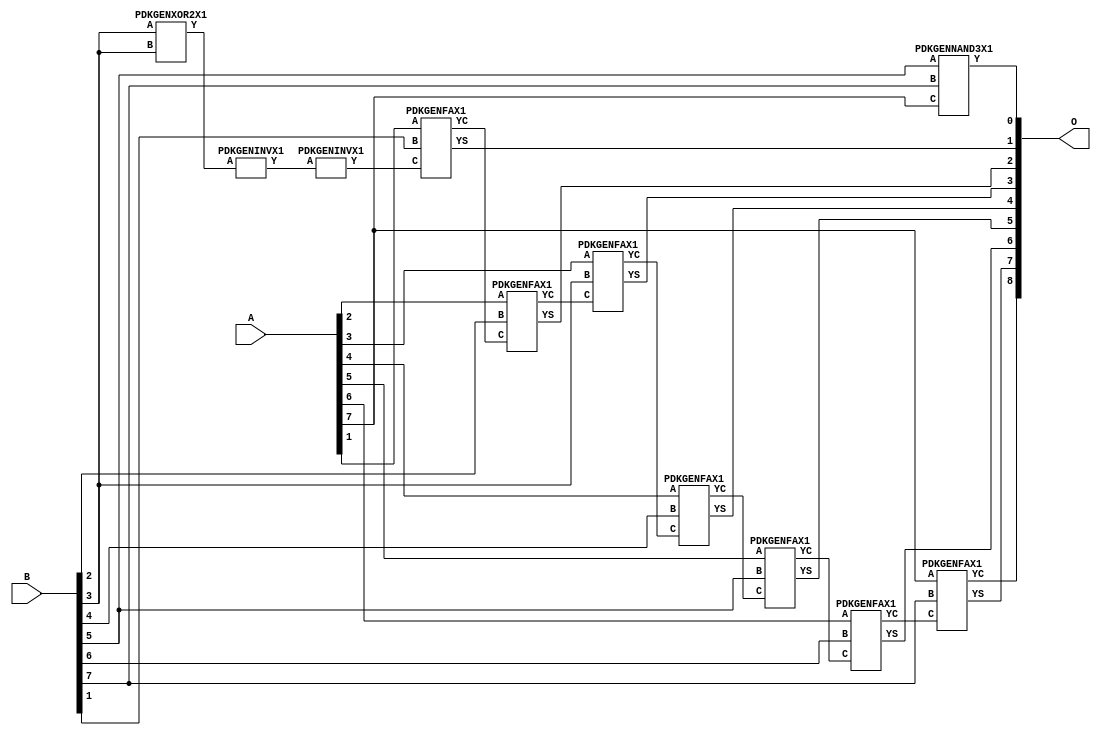
// Library = EvoApprox8b
// Circuit = add8_425
// Area   (180) = 964
// Delay  (180) = 1.940
// Power  (180) = 295.00
// Area   (45) = 72
// Delay  (45) = 0.690
// Power  (45) = 29.22
// Nodes = 11
// HD = 65408
// MAE = 0.56250
// MSE = 0.62500
// MRE = 0.29 %
// WCE = 2
// WCRE = 100 %
// EP = 53.1 %

module add8_425(A, B, O);
  input [7:0] A;
  input [7:0] B;
  output [8:0] O;
  wire [2031:0] N;

  assign N[0] = A[0];
  assign N[1] = A[0];
  assign N[2] = A[1];
  assign N[3] = A[1];
  assign N[4] = A[2];
  assign N[5] = A[2];
  assign N[6] = A[3];
  assign N[7] = A[3];
  assign N[8] = A[4];
  assign N[9] = A[4];
  assign N[10] = A[5];
  assign N[11] = A[5];
  assign N[12] = A[6];
  assign N[13] = A[6];
  assign N[14] = A[7];
  assign N[15] = A[7];
  assign N[16] = B[0];
  assign N[17] = B[0];
  assign N[18] = B[1];
  assign N[19] = B[1];
  assign N[20] = B[2];
  assign N[21] = B[2];
  assign N[22] = B[3];
  assign N[23] = B[3];
  assign N[24] = B[4];
  assign N[25] = B[4];
  assign N[26] = B[5];
  assign N[27] = B[5];
  assign N[28] = B[6];
  assign N[29] = B[6];
  assign N[30] = B[7];
  assign N[31] = B[7];

  PDKGENXOR2X1 n32(.A(N[22]), .B(N[22]), .Y(N[32]));
  assign N[33] = N[32];
  PDKGENINVX1 n34(.A(N[33]), .Y(N[34]));
  PDKGENINVX1 n56(.A(N[34]), .Y(N[56]));
  PDKGENNAND3X1 n76(.A(N[26]), .B(N[30]), .C(N[14]), .Y(N[76]));
  PDKGENFAX1 n82(.A(N[2]), .B(N[18]), .C(N[56]), .YS(N[82]), .YC(N[83]));
  PDKGENFAX1 n132(.A(N[4]), .B(N[20]), .C(N[83]), .YS(N[132]), .YC(N[133]));
  PDKGENFAX1 n182(.A(N[6]), .B(N[22]), .C(N[133]), .YS(N[182]), .YC(N[183]));
  PDKGENFAX1 n232(.A(N[8]), .B(N[24]), .C(N[183]), .YS(N[232]), .YC(N[233]));
  PDKGENFAX1 n282(.A(N[10]), .B(N[26]), .C(N[233]), .YS(N[282]), .YC(N[283]));
  PDKGENFAX1 n332(.A(N[12]), .B(N[28]), .C(N[283]), .YS(N[332]), .YC(N[333]));
  PDKGENFAX1 n382(.A(N[14]), .B(N[30]), .C(N[333]), .YS(N[382]), .YC(N[383]));

  assign O[0] = N[76];
  assign O[1] = N[82];
  assign O[2] = N[132];
  assign O[3] = N[182];
  assign O[4] = N[232];
  assign O[5] = N[282];
  assign O[6] = N[332];
  assign O[7] = N[382];
  assign O[8] = N[383];

endmodule
/* mod */
module PDKGENFAX1( input A, input B, input C, output YS, output YC );
    assign YS = (A ^ B) ^ C;
    assign YC = (A & B) | (B & C) | (A & C);
endmodule
/* mod */
module PDKGENINVX1(input A, output Y );
     assign Y = ~A;
endmodule
/* mod */
module PDKGENXOR2X1(input A, input B, output Y );
     assign Y = A ^ B;
endmodule
/* mod */
module PDKGENNAND3X1(input A, input B, input C, output Y );
     assign Y = ~((A & B) & C);
endmodule